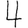
Digit: 4